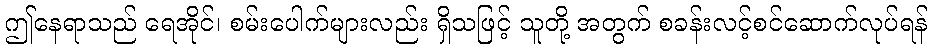
ဤနေရာသည် ရေအိုင်၊ စမ်းပေါက်များလည်း ရှိသဖြင့် သူတို့ အတွက် စခန်းလင့်စင်ဆောက်လုပ်ရန်